Annual administration report of the Civil Veterinary Department of India - 1896-1897
Year: 1896
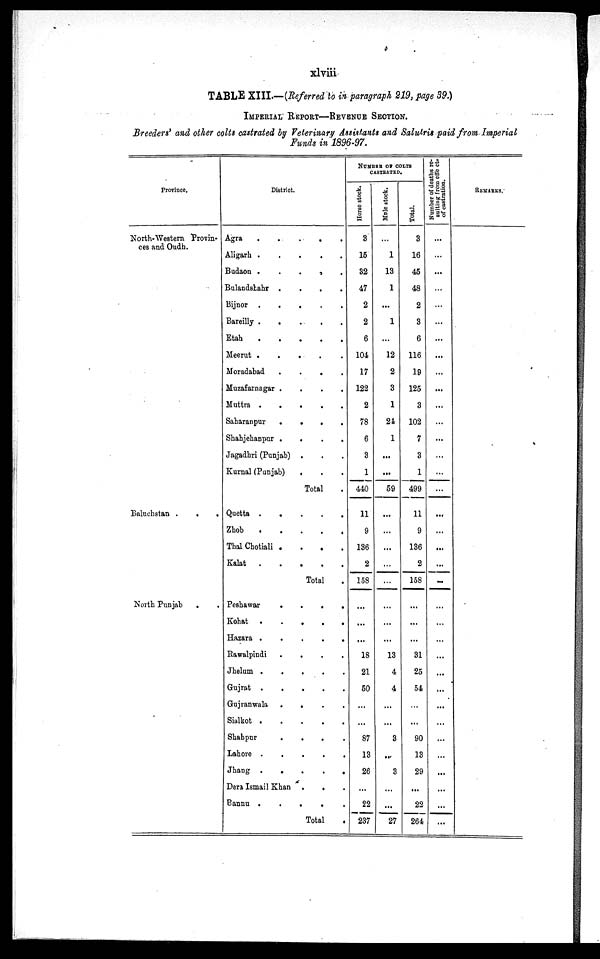
xlviii
TABLE XIII.—(Referred to in paragraph 219, page 39.)
IMPERIAL REPORT—REVENUE SECTION.
Breeders' and other colts castrated by Veterinary Assistants and Salutris paid from Imperial
Funds in 1896-97.
Province.
North-Western Provin-
ces and Oudh.
Baluchstan
.
.
.
North Punjab . .
District.
Agra . . . . . .
Aligarh . . . . . .
Budaon . . . . . .
Bulandshahr . . . . . .
Bijnor . . . . . .
Bareilly . . . . . .
Etah . . . . . .
Meerut . . . . . .
Moradabad . . . . . .
Muzafarnagar . . . . . .
Muttra . . . . . .
Saharanpur . . . . . .
Shahjehanpur . . . . . .
Jagadhri (Punjab)
Kurnal (Punjab)
Quetta . . . . . .
Zhob . . . . . .
Thal Chotiali . . . . . .
Kalat . . . . . .
Peshawar . . . . . .
Kohat . . . . . .
Hazara . . . . . .
Rawalpindi . . . . . .
Jhelum . . . . . .
Gujrat . . . . . .
Gujranwala . . . . . .
Sialkot . . . . . .
Shahpur . . . . . .
Lahore . . . . . .
Jhang . . . . . .
Dera Ismail Khan
Bannu . . . . . .
Total
. .
. . .
Total
Total
NUMBER OF COLTS
CASTRATED.
Horse stock.
3
15
32
47
2
2
6
104
17
122
2
78
6
3
1
440
11
9
136
2
158
...
...
...
18
21
50
...
...
87
13
26
...
22
237
Mule stock.
...
1
13
1
...
1
...
12
2
3
1
24
1
...
...
59
...
...
...
...
...
...
...
13
4
4
...
...
3
...
3
...
...
27
Total.
3
16
45
48
2
3
6
116
19
125
3
102
7
3
1
499
11
9
136
2
158
...
...
...
31
25
54
...
...
90
13
29
...
22
264
Number of deaths re-
sulting from effe cts
of castration.
...
...
...
...
...
...
...
...
...
...
...
...
...
...
...
...
...
...
...
...
...
...
...
...
...
...
...
...
...
...
...
...
...
...
...
REMARKS.